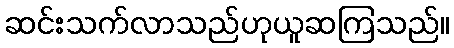
ဆင်းသက်လာသည်ဟုယူဆကြသည်။